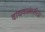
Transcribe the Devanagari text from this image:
वाचकांकरिता